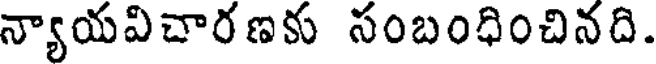
న్యాయవిచారణకు సంబంధించినది.